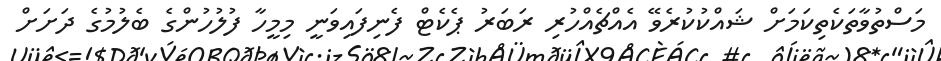
މަސްތުވާތަކެތިކަމަށް ޝައްކުކުރެވޭ އެއްޗެއްހުރި ރަބަރު ޕެކެޓް ފެނިފައިވަނީ މިމީހާ ފުލުހުންގެ ބެލުމުގެ ދަށަށް